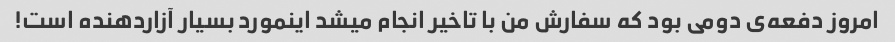
امروز دفعه‌ی دومی بود که سفارش من با تاخیر انجام میشد اینمورد بسیار آزاردهنده است!